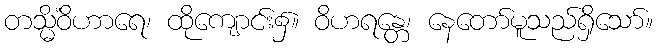
တသ္မိံဝိဟာရေ၊ ထိုကျောင်း၌။ ဝိဟရန္တေ၊ နေတော်မူသည်ရှိသော်။